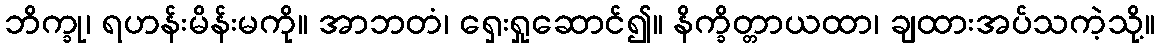
ဘိက္ခု၊ ရဟန်းမိန်းမကို။ အာဘတံ၊ ရှေးရှုဆောင်၍။ နိက္ခိတ္တာယထာ၊ ချထားအပ်သကဲ့သို့။